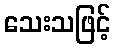
သေးသဖြင့်